Lunatic asylums in Bengal annual reports 1888-1898 - 1888-1898
Year: 1888
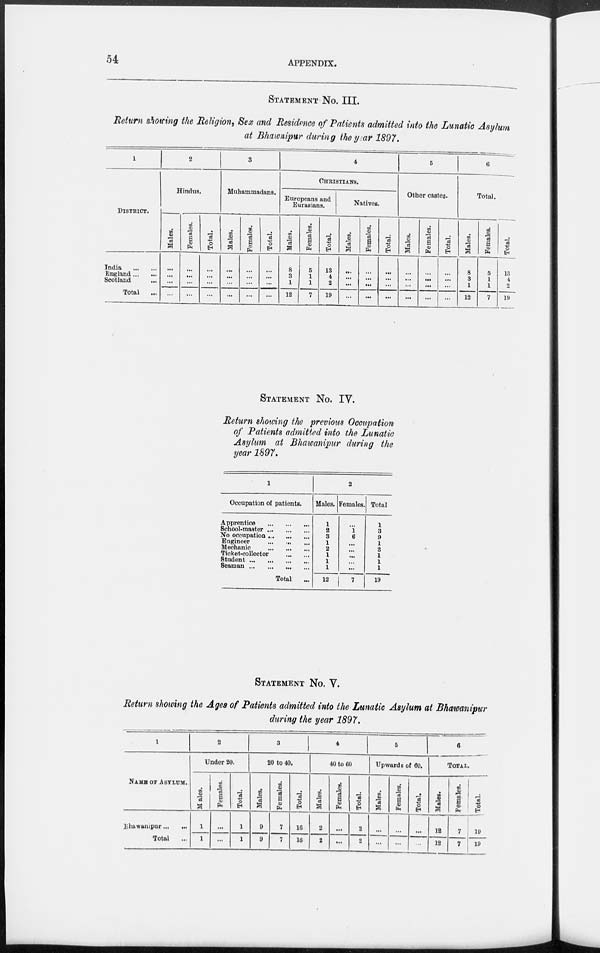
54
APPENDIX.
STATEMENT No. III.
Return showing the Religion, Sex and Residence of Patients admitted into the Lunatic Asylum
at Bhawnipur during the year 1897.
1
DISTRICT.
India
...
....
England ... ...
Scotland ...
Total
...
2
Hindus.
Males.
...
...
...
...
Females.
...
...
...
...
Total.
...
...
...
...
3
Muhammadans.
Males.
...
...
...
...
Females.
...
...
...
...
Total.
...
...
...
...
4
CHRISTIANS.
Europeans and
Eurasians.
Males.
8
3
1
12
Females.
5
1
1
7
Total.
13
4
2
19
Natives.
Males.
...
...
...
...
Females.
...
...
...
...
Total.
...
...
...
...
5
Other castes.
Males.
...
...
...
...
Females.
...
...
...
...
Total.
...
...
...
...
6
Total.
Males.
8
3
1
12
Females.
5
1
1
7
Total.
13
4
2
19
STATEMENT No. IV.
Return showing the previous Occupation
of Patients admitted into the Lunatic
Asylum at Bhawanipur during the
year 1897.
1
Occupation of patients.
Apprentice
...
...
...
School-master ...
...
...
No occupation ... ... ...
Engineer ... ... ...
Mechanic ... ... ...
Ticket-collector ... ...
Student ... ... ... ...
Seaman ...
...
... ...
Total ...
2
Males.
1
2
3
1
2
1
1
1
12
Females.
...
1
6
...
...
...
...
...
7
Total
1
3
9
1
2
1
1
1
19
STATEMENT No. V.
Return showing the Ages of Patients admitted into the Lunatic Asylum at Bhawanipur
during the year 1897.
1
NAME OF ASYLUM.
Bhawanipur ... ...
Total ...
2
Under 20.
M ales.
1
1
Females.
...
...
Total.
1
1
3
20 to 40.
Males.
9
9
Females.
7
7
Total.
16
16
4
40 to 60
Males.
2
2
Females.
...
...
Total.
2
2
5
Upwards of 60.
Males.
...
...
Females.
...
...
Total.
...
...
6
TOTAL.
Males.
12
12
Females.
7
7
Total.
19
19